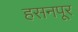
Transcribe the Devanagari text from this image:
हसनपूर